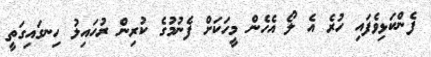
ފެންކަޅިވެފައި ހުރެ އެ ލޯ އެހެން މީހަކަށް ފެނުމުގެ ކުރިން ރުހައިލު ހިނގައިގަތީ